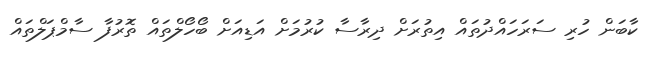
ކާބަން ހުރި ސަރަހައްދުތައް އިތުރަށް ދިރާސާ ކުރުމަށް އަޑިއަށް ބޯހޯލްތައް ތޮރުފާ ސާމްޕަލްތައް